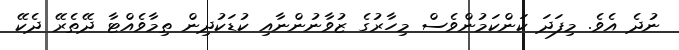
ނުދެ އެވެ. މިފަދަ ކަންކަމުންވެސް މިހާރުގެ ޒުވާނުންނާއި ކުޑަކުދިން ތިމާވެއްޓާ ދޭތެރޭ ދެކޭ